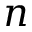
n